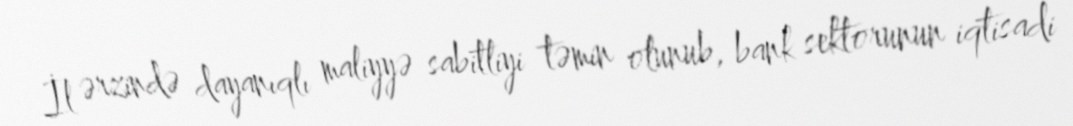
İl ərzində dayanıqlı maliyyə sabitliyi təmin olunub, bank sektorunun iqtisadi